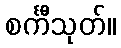
စင်္ကီသုတ်။